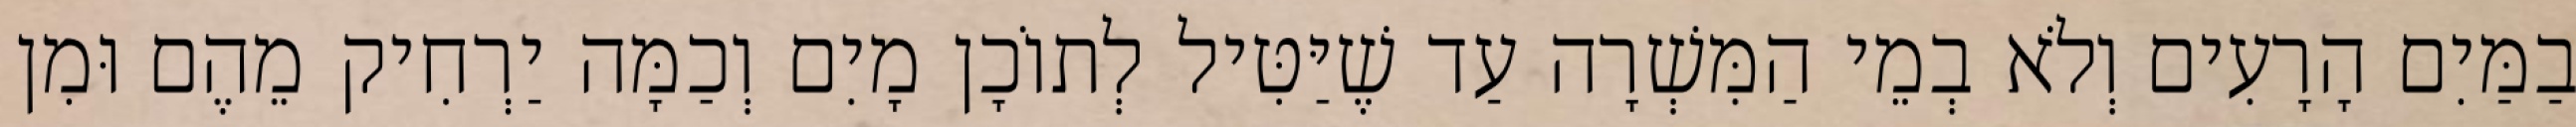
בַמַּיִם הָרָעִים וְלֹא בְמֵי הַמִּשְׁרָה עַד שֶׁיַּטִּיל לְתוֹכָן מָיִם וְכַמָּה יַרְחִיק מֵהֶם וּמִן